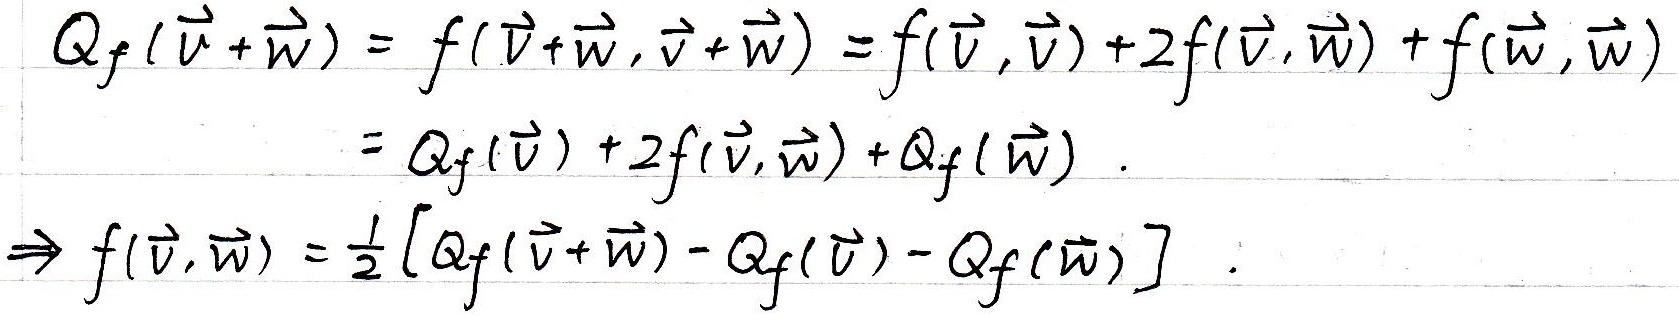
\[
\begin{align*}
Q_f(\vec{v}+\vec{w})&=f(\vec{v}+\vec{w},\vec{v}+\vec{w})\\
&=f(\vec{v},\vec{v}) + 2f(\vec{v},\vec{w})+f(\vec{w},\vec{w})\\
&=Q_f(\vec{v})+2f(\vec{v},\vec{w})+Q_f(\vec{w})\\
\Rightarrow f(\vec{v},\vec{w})&=\frac{1}{2}[Q_f(\vec{v}+\vec{w})-Q_f(\vec{v})-Q_f(\vec{w})]
\end{align*}
\]